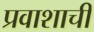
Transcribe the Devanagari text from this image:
प्रवाशाची